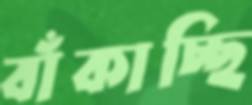
বাঁকাচ্ছি